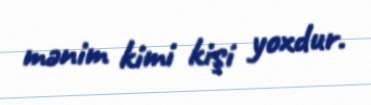
mənim kimi kişi yoxdur.